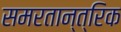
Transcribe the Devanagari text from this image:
समरतान्त्रिक